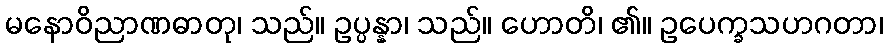
မနောဝိညာဏဓာတု၊ သည်။ ဥပ္ပန္နာ၊ သည်။ ဟောတိ၊ ၏။ ဥပေက္ခသဟဂတာ၊